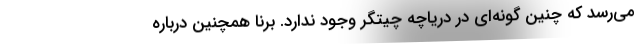
می‌رسد که چنین گونه‌ای در دریاچه چیتگر وجود ندارد. برنا همچنین درباره